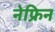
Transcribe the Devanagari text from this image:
नेफ्रिन